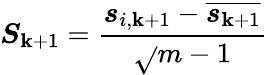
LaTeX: \boldsymbol{S}_{\mathbf{k}+1}=\frac{{\boldsymbol{s}_{i,\mathbf{k}+1}-\overline{{{\boldsymbol{s}_{\mathbf{k}+1}}}}}}{{\sqrt{}{{m-1}}}}